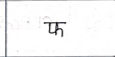
मजकूर: फ